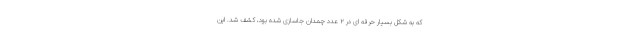
که به شکل بسیار حرفه ای در ۲ عدد چمدان جاسازی شده بود، کشف شد. این